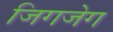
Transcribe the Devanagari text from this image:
जिगजेग